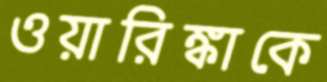
ওয়ারিঙ্কাকে